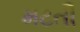
મટતી